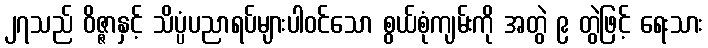
၂၇သည် ဝိဇ္ဇာနှင့် သိပ္ပံပညာရပ်များပါဝင်သော စွယ်စုံကျမ်းကို အတွဲ ၉ တွဲဖြင့် ရေးသား